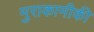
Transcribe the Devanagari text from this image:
मुराकामीकी